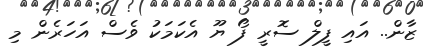
ޒާން.. އައި ފީލް ސޮރީ ފޯ ޔޫ އެކަމަކު ވެސް އަހަރެން މި